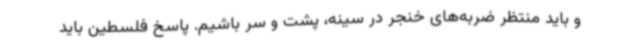
و باید منتظر ضربه‌های خنجر در سینه، پشت و سر باشیم. پاسخ فلسطین باید